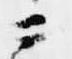
ニ